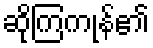
ဆိုကြကုန်၏